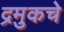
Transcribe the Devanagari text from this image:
द्रमुकचे